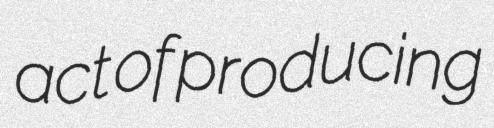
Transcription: act of producing